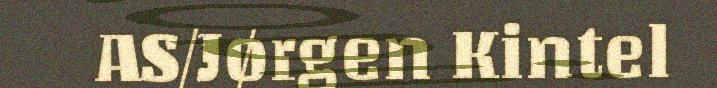
AS/Jørgen Kintel